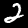
Digit: 2